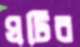
ঘটিব